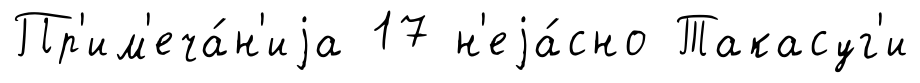
Пр'им'еча́н'иjа 17 н'еjа́сно Такасуг'и